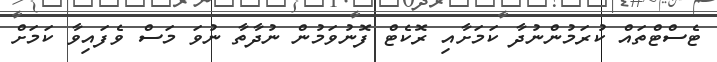
ޓެސްޓްތައް ކުރަމުންނުދާ ކަމަށާއި ރޮކެޓް ފޮނުވަމުން ނުދާތާ ނުވަ މަސް ވެފައިވާ ކަމަށް